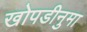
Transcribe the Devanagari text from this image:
खोपडीनुमा